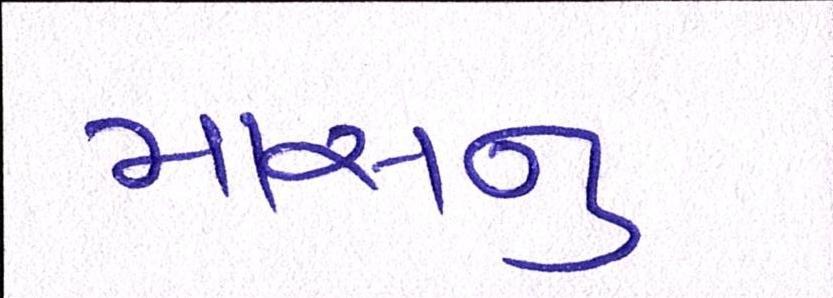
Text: માસનુ